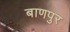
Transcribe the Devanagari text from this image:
बाणपुर